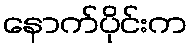
နောက်ပိုင်းက